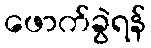
ဖောက်ခွဲရန်